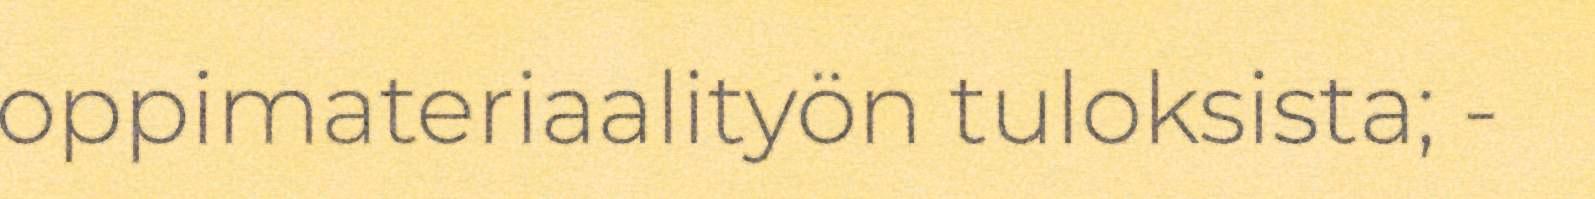
oppimateriaalityön tuloksista; -